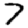
Digit: 7